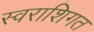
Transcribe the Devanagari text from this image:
स्वराशिगत